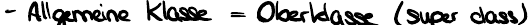
- Allgemeine Klasse = Oberklasse (super class)